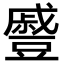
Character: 𮙖